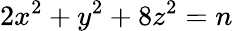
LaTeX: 2x^{2}+y^{2}+8z^{2}=n